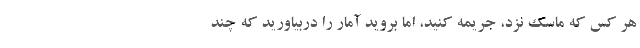
هر کس که ماسک نزد، جریمه کنید، اما بروید آمار را دربیاورید که چند